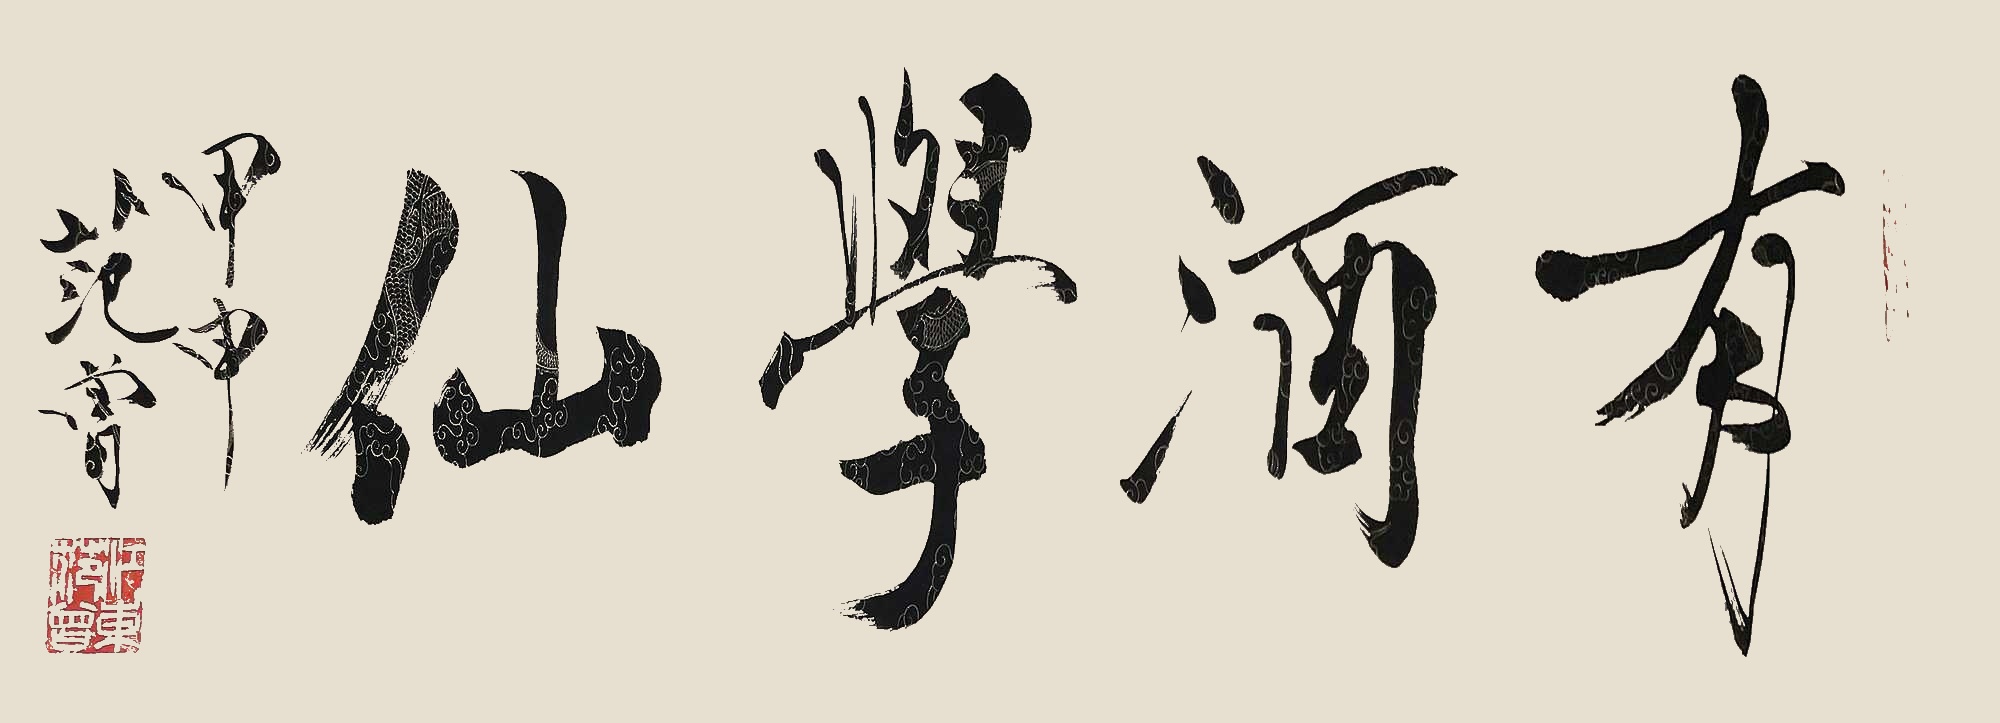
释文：有酒学仙甲申范曾